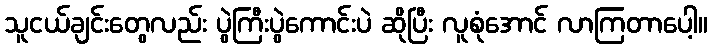
သူငယ်ချင်းတွေလည်း ပွဲကြီးပွဲကောင်းပဲ ဆိုပြီး လူစုံအောင် လာကြတာပေါ့။